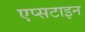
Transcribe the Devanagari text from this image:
एप्सटाइन